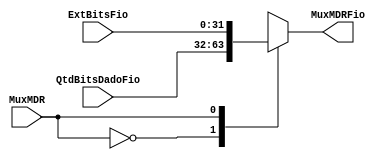
module MuxMDR (input wire[0:0] MuxMDR, input wire [31:0] ExtBitsFio, input wire [31:0] QtdBitsDadoFio,
			 output reg [31:0] MuxMDRFio); 	
	
	always begin
		case(MuxMDR)
			1'b0: 
			begin
			MuxMDRFio <= QtdBitsDadoFio;
			end
			
			1'b1:
			begin
			MuxMDRFio <= ExtBitsFio;
			end
			
		
		endcase
	end
	
endmodule